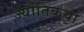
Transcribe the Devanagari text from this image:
ज्‍योतिकया